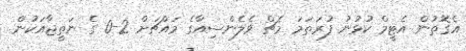
އެގޮތުން އެޓީމް ކުޅުނު ފުރަތަމަ މެޗް ވެލެންސިއާގެ މައްޗަށް 2-0 ގެ ނަތީޖާއަކުން